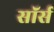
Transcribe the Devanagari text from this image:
सॉर्स